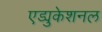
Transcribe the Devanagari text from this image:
एड्युकेशनल